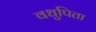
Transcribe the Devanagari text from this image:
वधुपिता